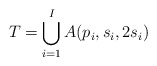
\begin{align*}T = \bigcup_{i=1}^I A(p_i,s_i,2s_i)\end{align*}